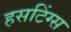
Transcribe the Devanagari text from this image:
हसटिंग्स